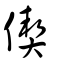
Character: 偰